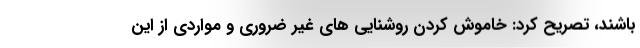
باشند، تصریح کرد: خاموش کردن روشنایی های غیر ضروری و مواردی از این